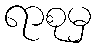
ရာစုမှ